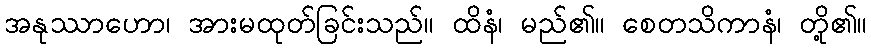
အနုဿာဟော၊ အားမထုတ်ခြင်းသည်။ ထိနံ၊ မည်၏။ စေတသိကာနံ၊ တို့၏။